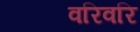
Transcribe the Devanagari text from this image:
वरिवरि